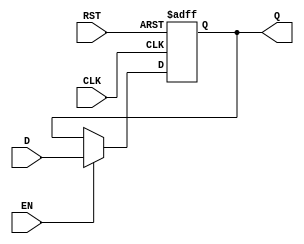
module StageRegister #(
    parameter WIDTH = 8  // Parameter to define the bit-width of the register
) (
    input wire [WIDTH-1:0] D,      // Data Input
    input wire CLK,                 // Clock Input
    input wire RST,                 // Reset Input
    input wire EN,                  // Enable Input
    output reg [WIDTH-1:0] Q        // Data Output
);

// Asynchronous Reset
always @(posedge CLK or posedge RST) begin
    if (RST) begin
        Q <= {WIDTH{1'b0}};           // Initialize output to 0 on reset
    end else if (EN) begin
        Q <= D;                       // Latch the data input on clock edge if enabled
    end
    // Else: If EN is low, retain the previous value of Q
end

endmodule